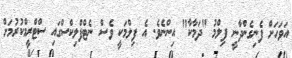
އަވަހަށް ފެނިގެންދާނީ ފިލްމު "ދަމާކާ" އިންނެވެ. އެ ފިލްމަކީ ވެސް ނެޓްފްލިކްސްގައި ސްޓްރީމްކުރުމަށް